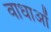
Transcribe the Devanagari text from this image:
वाधाओं